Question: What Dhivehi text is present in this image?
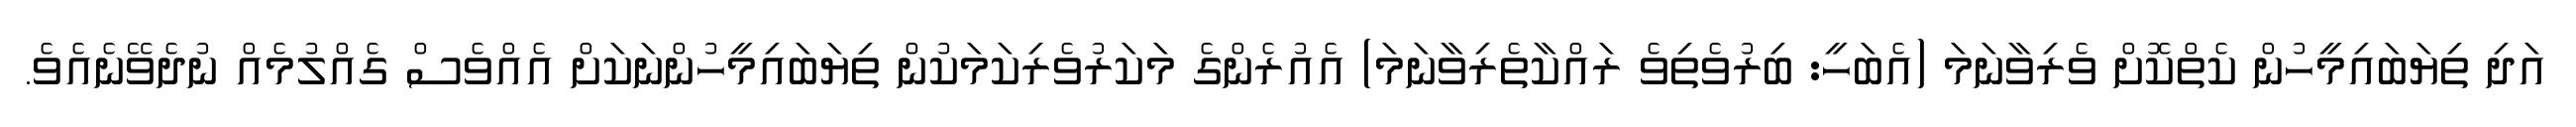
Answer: އަދި ތިޔަބައިމީހުން ކެތްކޮށް ވެރިވާނަމަ (އެބަހީ: ބިރުވެތިވެ ރައްކާތެރިވާނަމަ) އެއުރެންގެ މަކަރުވެރިކަމަކުން ތިޔަބައިމީހުންނަކަށް އެއްވެސް ގެއްލުމެއް ނުދެވޭނެއެވެ.